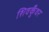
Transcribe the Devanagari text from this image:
शिवकुँवर